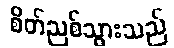
စိတ်ညစ်သွားသည်